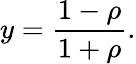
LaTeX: y=\frac{1-\rho}{1+\rho}.